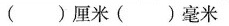
()厘米()毫米